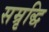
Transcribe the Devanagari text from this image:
सम्रृद्धि